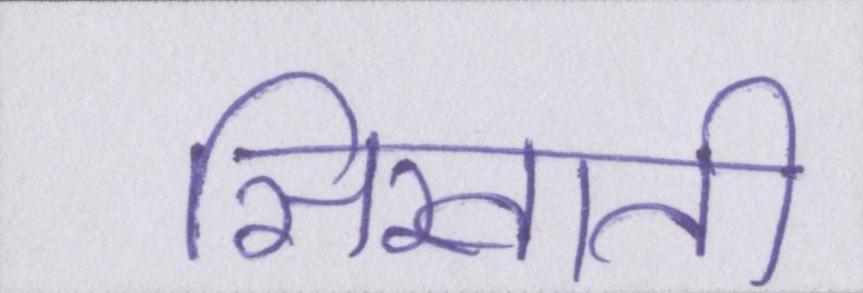
सिखाती